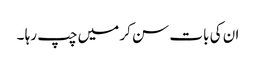
ان کی بات سن کر میں چپ رہا ۔